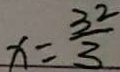
x = \frac { 3 2 } { 3 }